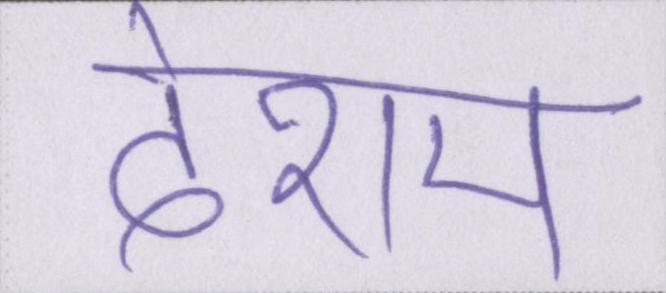
देशम